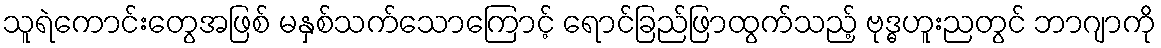
သူရဲကောင်းတွေအဖြစ် မနှစ်သက်သောကြောင့် ရောင်ခြည်ဖြာထွက်သည့် ဗုဒ္ဓဟူးညတွင် ဘာဂျာကို